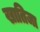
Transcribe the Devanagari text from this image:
खातिजा